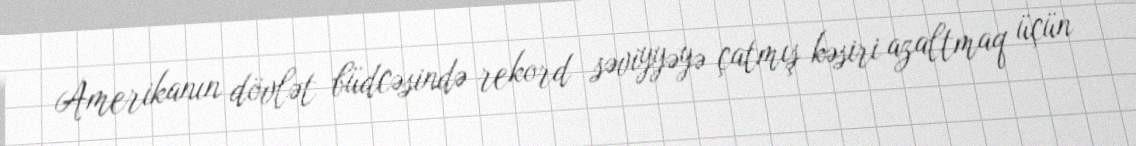
Amerikanın dövlət büdcəsində rekord səviyyəyə çatmış kəsiri azaltmaq üçün